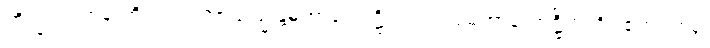
ဘိက္ခူ၊ ရဟန်းတို့သည်။ အာယသ္မန္တံမဟာကောဋ္ဌိကံ၊ အရှင်မဟာကောဋ္ဌိကကို။ ဧတံ ဝစနံ၊